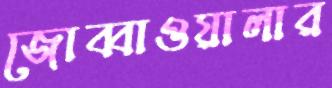
জোব্বাওয়ালার